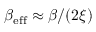
\beta _ { \mathrm { e f f } } \approx \beta / ( 2 \xi )